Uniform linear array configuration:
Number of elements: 32
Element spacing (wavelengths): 0.25
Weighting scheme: uniform
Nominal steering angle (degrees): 15
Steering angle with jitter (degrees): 16.059
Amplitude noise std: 0.05
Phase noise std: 0.05

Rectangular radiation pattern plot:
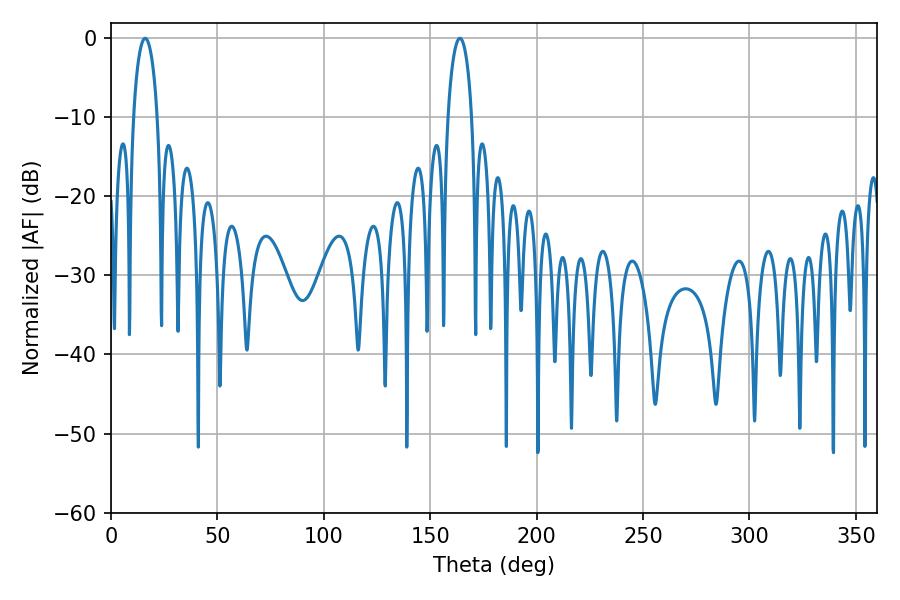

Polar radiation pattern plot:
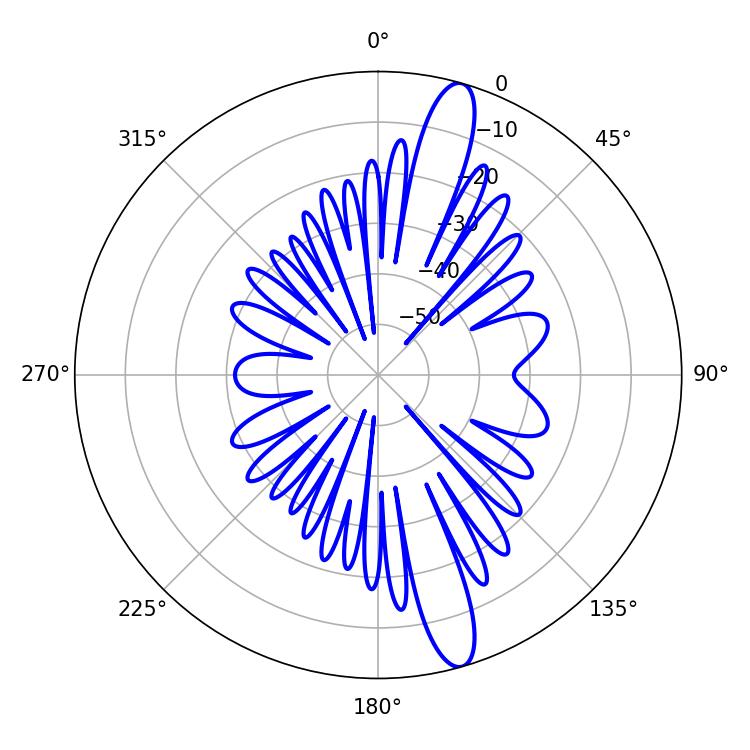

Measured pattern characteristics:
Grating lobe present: FALSE
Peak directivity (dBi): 14.437
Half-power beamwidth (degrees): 6.48
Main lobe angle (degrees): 16.02